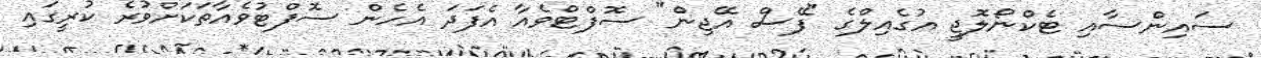
ސައިންސާއި ޓެކްނޯލޮޖީ އުގެއިލްގެ "ފޭސް އޭޖިން" ސޮފްޓްވެއާ އެފަދަ އެހެން ސޮފްޓުވެއާތަކަށްވުރެ ކުރީގައި